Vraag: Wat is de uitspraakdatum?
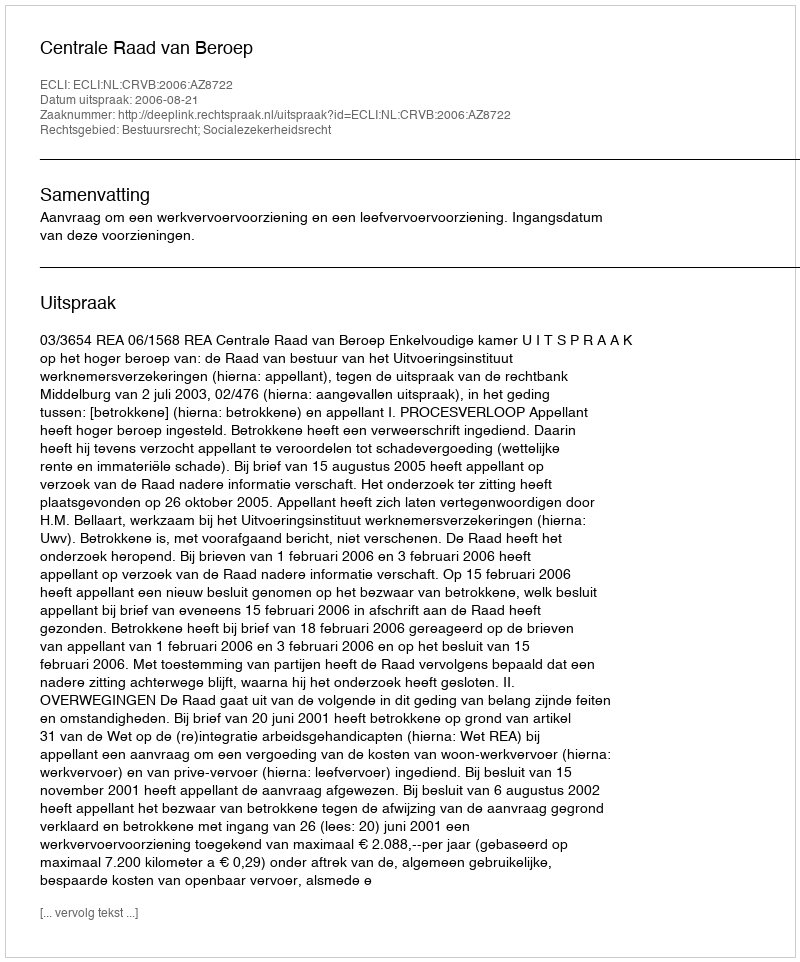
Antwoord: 2006-08-21